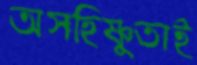
অসহিষ্ণুতাই